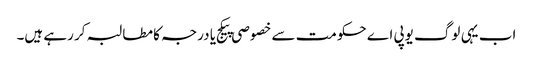
اب یہی لوگ یوپی اے حکومت سے خصوصی پیکج یا درجہ کا مطالبہ کر رہے ہیں۔